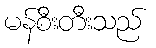
မန်စီးတီးသည်